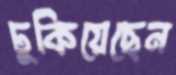
ঢুকিয়েছেন